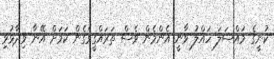
ކުނީގެ މައްސަލަ ހައްލު ވާނީ އެންމެން ވެސް ތަރައްގީވެގެން ކަމަށް އޭނާ ވިދާޅުވި